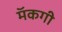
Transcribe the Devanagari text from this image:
मॅकगी